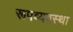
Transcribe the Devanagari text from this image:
रूपव्यवस्था